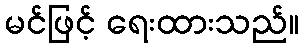
မင်ဖြင့် ရေးထားသည်။